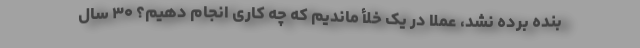
بنده برده نشد، عملاً در یک خلأ ماندیم که چه کاری انجام دهیم؟ ۳۰ سال